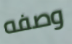
وصفه